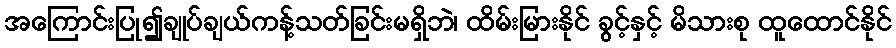
အကြောင်းပြု၍ချုပ်ချယ်ကန့်သတ်ခြင်းမရှိဘဲ၊ ထိမ်းမြားနိုင် ခွင့်နှင့် မိသားစု ထူထောင်နိုင်